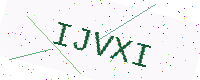
Text: IJVXI